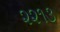
૨૨૧૩